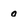
Character: o